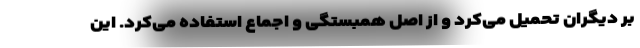
بر دیگران تحمیل می‌کرد و از اصل همبستگی و اجماع استفاده می‌کرد. این